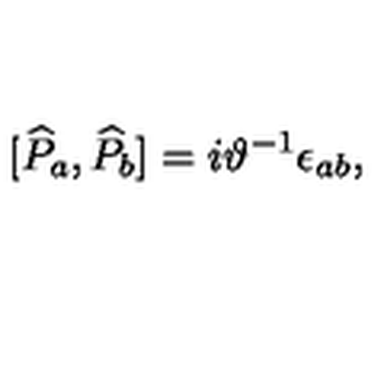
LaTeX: \lbrack \widehat { P } _ { a } , \widehat { P } _ { b } ] = i \vartheta ^ { - 1 } \epsilon _ { a b } ,